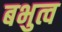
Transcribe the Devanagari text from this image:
बभुत्व